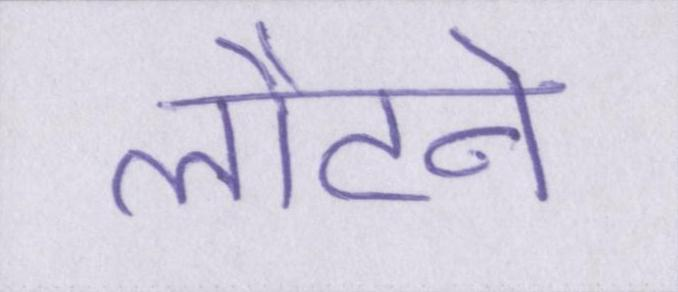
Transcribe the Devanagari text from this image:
लौटने